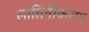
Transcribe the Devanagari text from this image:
लातिनीकरण